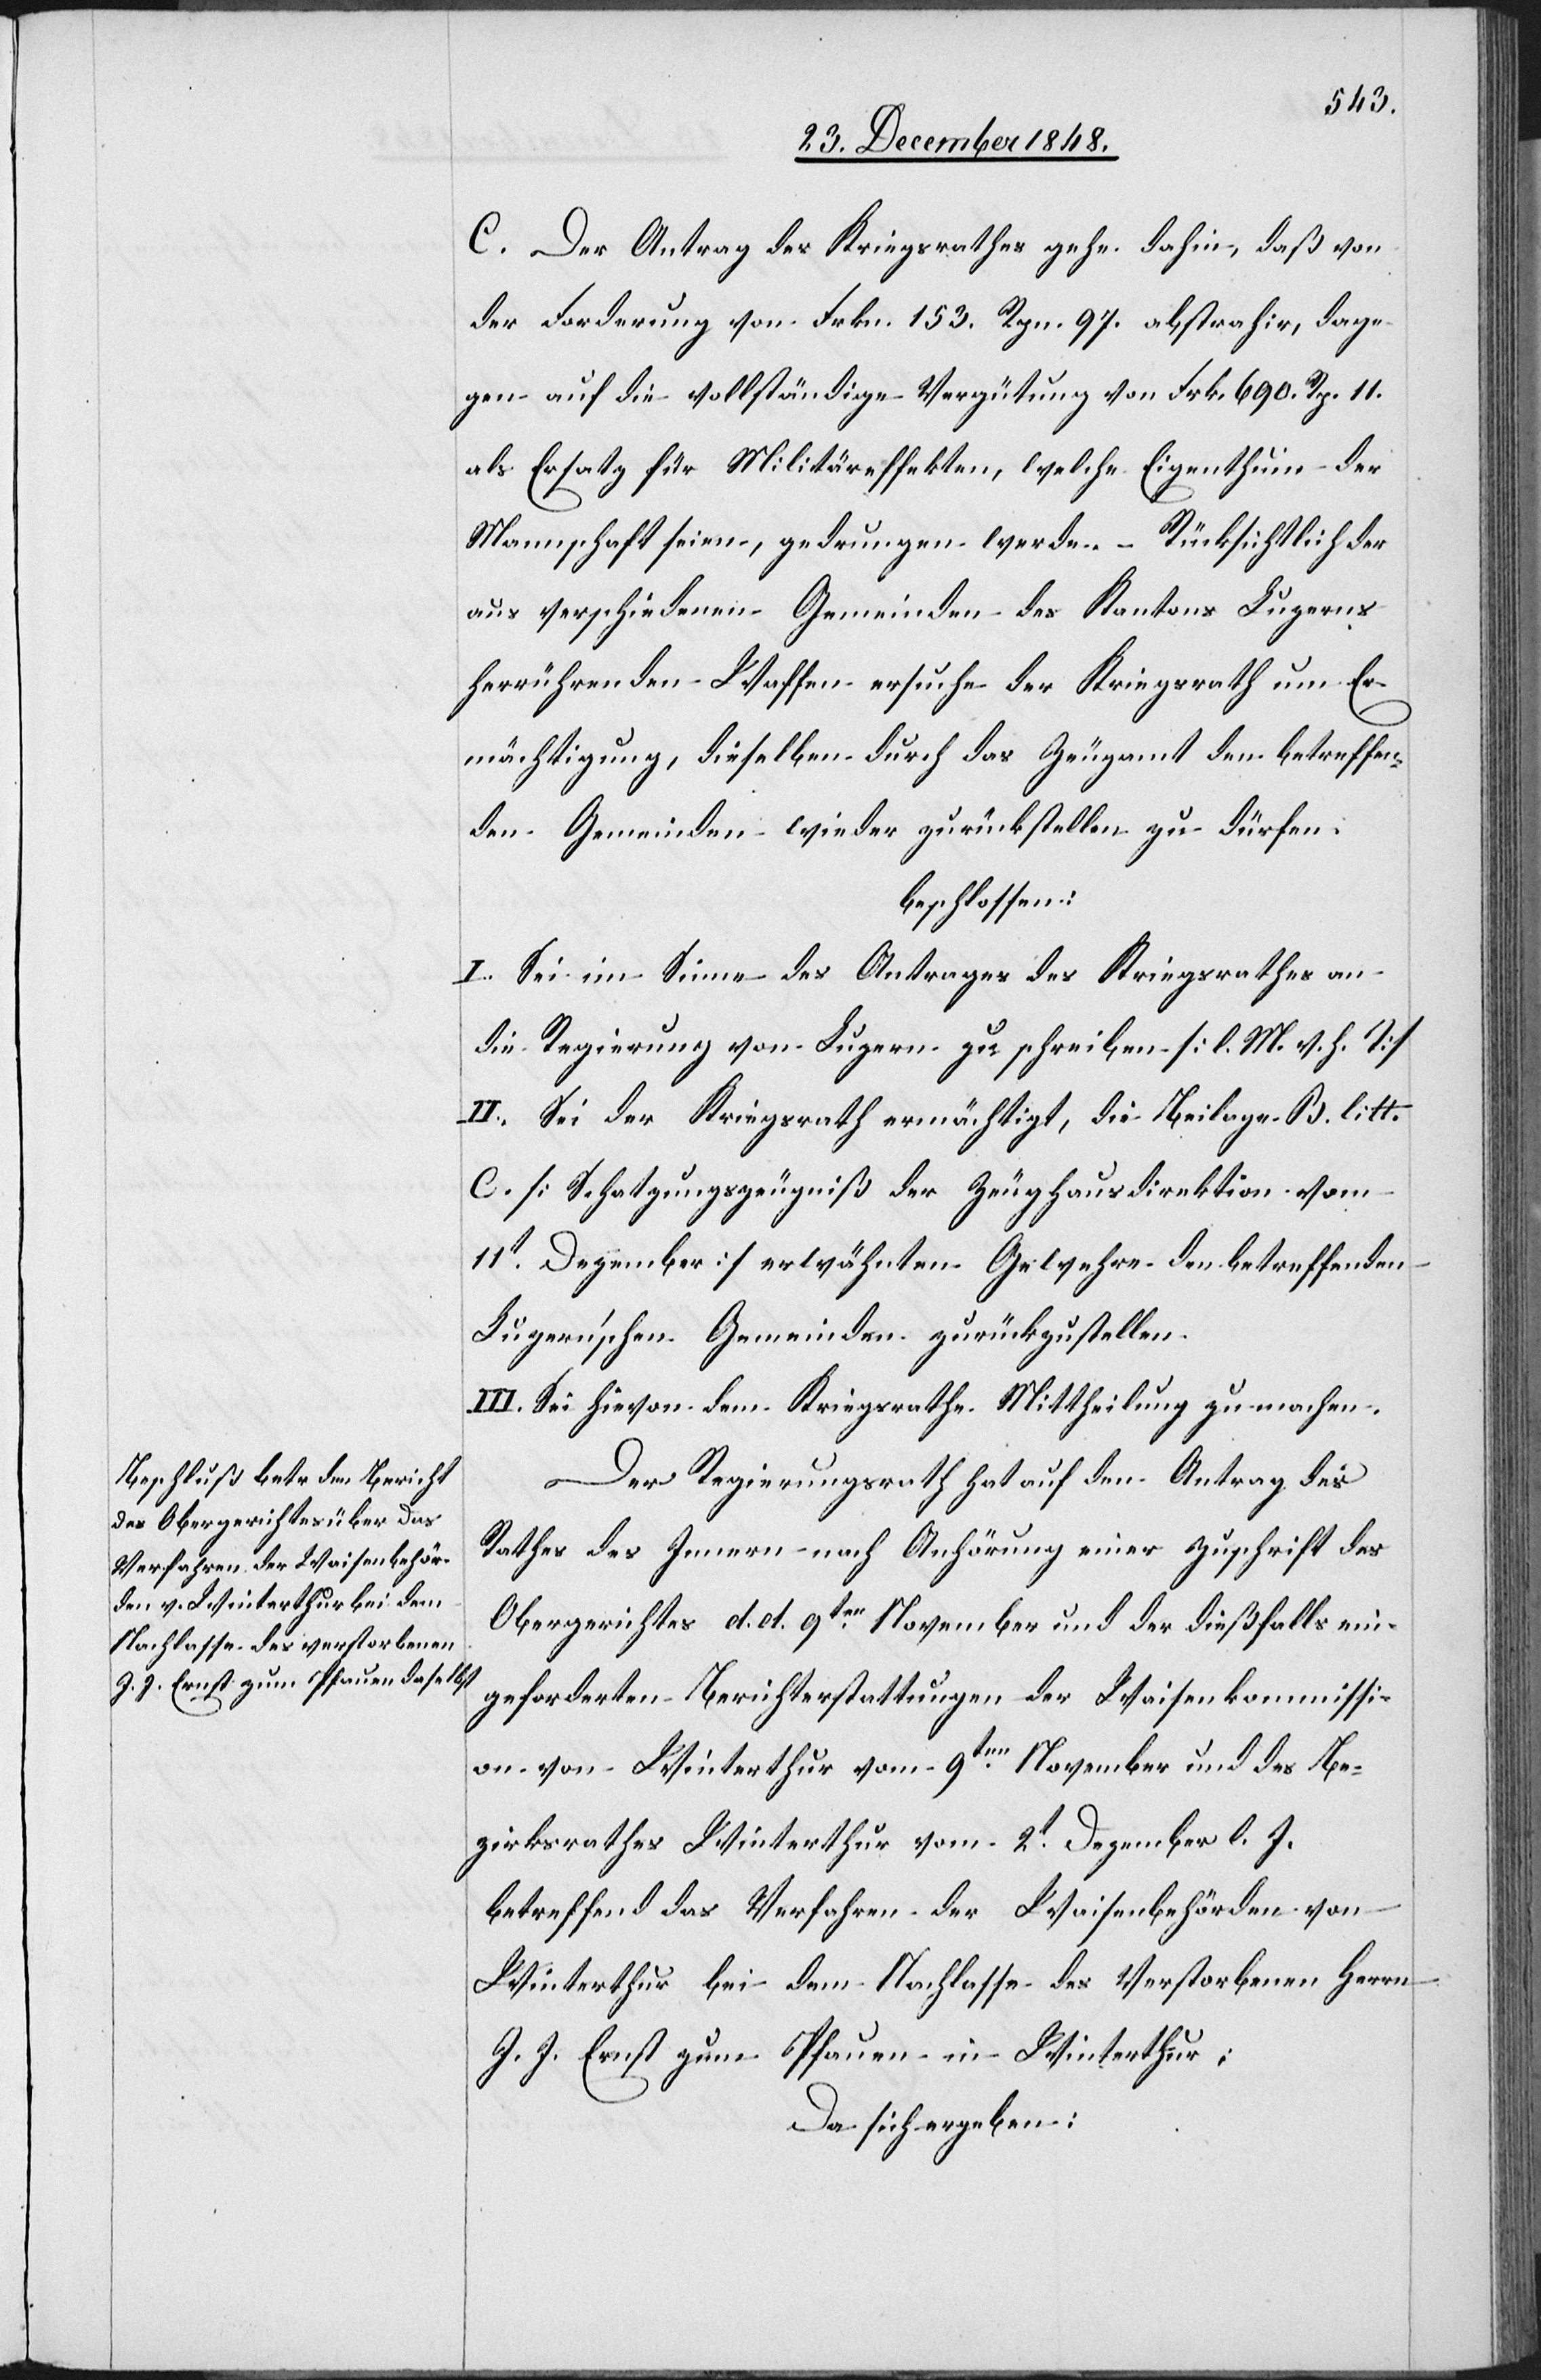
C. Der Antrag des Kirchenrathes gehe dahin, daß von
der Forderung von Frkn. 153. Rpn. 97. abstrahir[t], dage¬
gen auf die vollständige Vergütung von Frk. 690. Rp. 11.
als Ersatz für Militäreffekten, welche Eigenthum der
Mannschaft seien, gedrungen werde. – Rücksichtlich der
aus verschiedenen Gemeinden des Kantons Luzerns
herrührenden Waffen ersuche der Kriegsrath um Er¬
mächtigung, dieselben durch das Zeugamt den betreffen¬
den Gemeinden wieder zurückstellen zu dürfen.
beschlossen:
I. Sei im Sinne des Antrages des Kriegsrathes an
die Regierung von Luzern zu schreiben [l. M. v. h. T]
II. Sei der Kriegsrath ermächtigt, die Beilage B. litt.
C. [Schatzungszeugniß der Zeughausdirektion vom
11t Dezember] erwähnten Gewehre den betreffenden
Luzern’schen Gemeinden zurückzustellen.
III. Sei hievon dem Kriegsrathe Mittheilung zu machen.
Der Regierungsrath hat auf den Antrag des
Rathes des Innern nach Anhörung einer Zuschrift des
Obergerichtes d. d. 9ten November und der dießfalls ein¬
geforderten Berichterstattungen der Waisenkommissi¬
on von Winterthur vom 9ten November und des Be¬
zirksrathes Winterthur vom 2t Dezember l. J.
betreffend das Verfahren der Waisenbehörden von
Winterthur bei dem Nachlasse des Verstorbenen Herrn
J. J. Ernst zum Pfauen in Winterthur;
Da sich ergeben: